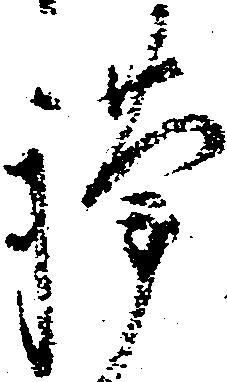
謹